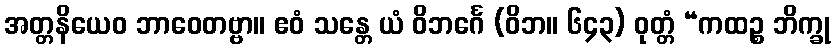
အတ္တနိယေဝ ဘာဝေတဗ္ဗာ။ ဧဝံ သန္တေ ယံ ဝိဘင်္ဂေ (ဝိဘ။ ၆၄၃) ဝုတ္တံ “ကထဉ္စ ဘိက္ခု